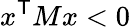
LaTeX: x^{\textsf{T}}Mx<0